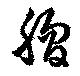
脗